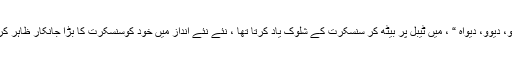
” دیو، دیوو، دیواہ “ ، میں ٹیبل پر بیٹھ کر سنسکرت کے شلوک یاد کرتا تھا ، نئے نئے انداز میں خود کوسنسکرت کا بڑا جانکار ظاہر کرتا ۔